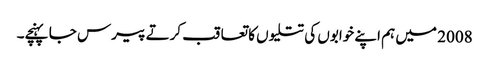
2008 میں ہم اپنے خوابوں کی تتلیوں کا تعاقب کرتے پیرس جا پہنچے۔